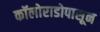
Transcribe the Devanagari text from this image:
कॉलोराडोपासून